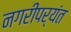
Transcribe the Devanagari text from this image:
नगरीपर्यंत